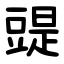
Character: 䜻